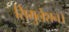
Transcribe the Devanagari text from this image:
सिमुलेशन।